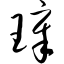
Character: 璋